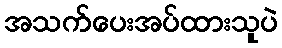
အသက်ပေးအပ်ထားသူပဲ